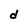
Character: d